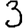
Digit: 3